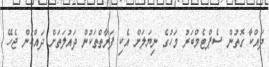
ދައްކާ ގޮތުން ސެޕްޓެމްބަރު މަހުގެ ނިޔަލަށް އެކި ފަރާތްތަކުން ދައުލަތަށް ދައްކަން ޖެހޭ